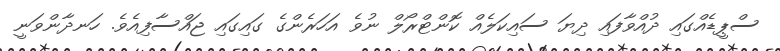
ސްޕީޑެއްގައި ދުއްވާފައި ދިޔަ ސައިކަލެއް ކޮންޓްރޯލް ނުވެ އަހަރެންގެ ގައިގައި ޖައްސާފިއެވެ. ހަނދާންވަނީ